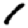
Digit: 1